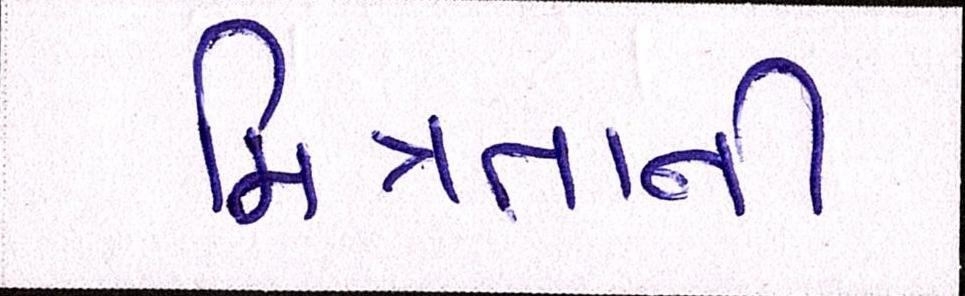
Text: મિત્રતાની